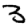
Digit: 3